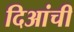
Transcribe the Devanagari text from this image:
दिआंची